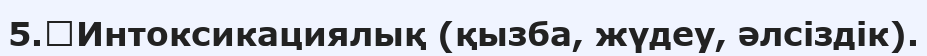
5.	Интоксикациялық (қызба, жүдеу, әлсіздік).